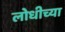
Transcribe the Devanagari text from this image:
लोधीच्या